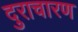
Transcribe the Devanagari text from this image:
दुराचारण